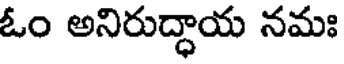
ఓం అనిరుద్ధాయ నమః